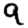
Digit: 9